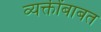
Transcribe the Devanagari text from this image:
व्यक्तींबाबत